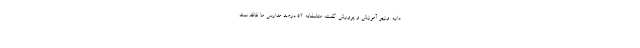
دارد. وزیر آموزش و پرورش گفت: متاسفانه 52 درصد مدارس ما فاقد سند